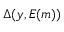
\Delta ( y , E ( m ) )